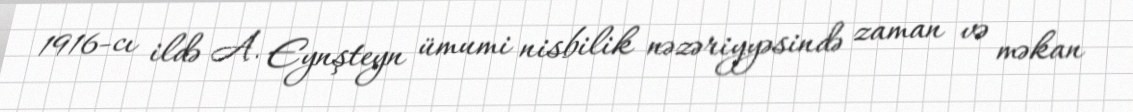
1916-cı ildə A. Eynşteyn ümumi nisbilik nəzəriyyəsində zaman və məkan